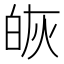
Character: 𭽔